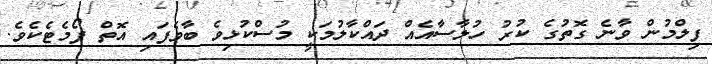
ފިލްމުން ވާނެ ގޮތުގެ ކުރު ހުލާސާއެއް ދައްކާލުމަކީ މުސްކުޅިވެ ބާވެފައި އޮތް ފޯމެޓެކެވެ.